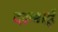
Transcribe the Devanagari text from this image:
दरुबाई